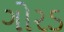
ગોરડ